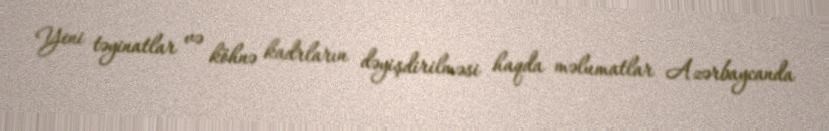
Yeni təyinatlar və köhnə kadrların dəyişdirilməsi haqda məlumatlar Azərbaycanda